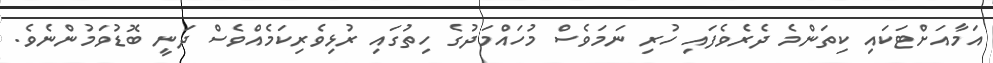
އަމާއަށްޓަކައި ކިތަންމެ ދެރެވެފައި ހުރި ނަމަވެސް މުހައްމަދުގެ ހިތުގައި ރުޅިވެރިކަމެއްވެސް ދަނީ ބޮޑުވަމުންނެވެ.